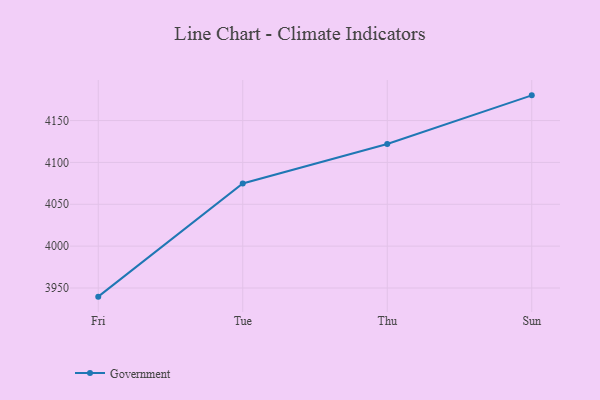
{"axis": {"x": "Day", "y": "Tickets Resolved"}, "legend": ["Government"], "data": [{"x": "Fri", "y": 3939.7, "type": "Government"}, {"x": "Tue", "y": 4074.8, "type": "Government"}, {"x": "Thu", "y": 4122.1, "type": "Government"}, {"x": "Sun", "y": 4180.1, "type": "Government"}]}